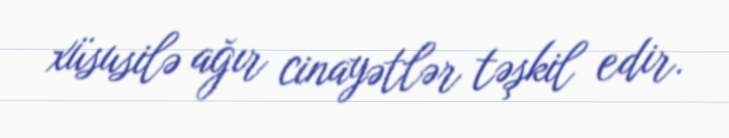
xüsusilə ağır cinayətlər təşkil edir.